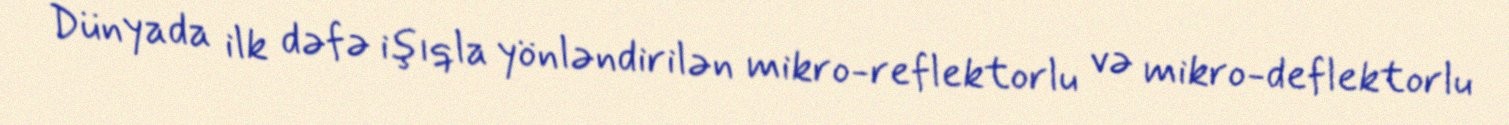
Dünyada ilk dəfə işıqla yönləndirilən mikro-reflektorlu və mikro-deflektorlu